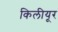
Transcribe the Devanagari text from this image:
किलीयूर